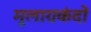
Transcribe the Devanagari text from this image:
मूलाग्रकंदों